system: You are a helpful assistant.
user:
Analyze the provided spectrum to determine if it is a **"Cataclysmic Variables (CV)"**.

- **Key Indicators for CV (Check for either state):**
    - **State 1: Quiescent / Low-State (Emission-Dominated)**
        - **(Primary):** Strong and *very broad* Hydrogen Balmer emission lines (e.g., $H\alpha$ at 6563 Å, $H\beta$ at 4861 Å). The 'broadness' (high velocity dispersion, often FWHM > 1000 km/s) is the key diagnostic, indicating a high-velocity accretion disk.
        - **(Secondary):** Broad neutral Helium (He I) emission lines (e.g., 5876 Å, 6678 Å).
        - **(Key Confirmation):** Presence of high-excitation *ionized* Helium (He II) emission at 4686 Å. This is a strong indicator of accretion onto a white dwarf.
        - **(Line Profile):** Emission lines may exhibit a 'double-peaked' profile, which is a classic signature of a rotating accretion disk viewed at high inclination.

    - **State 2: Outburst / High-State (Absorption-Dominated)**
        - **(Primary):** Spectrum is dominated by a bright, blue continuum (looks like a hot star).
        - **(Secondary):** The emission lines from State 1 are weak, absent, or 'filled in', and are replaced by broad, shallow *absorption* lines (primarily Balmer and He I).
        - **(Morphology):** The overall spectrum mimics a hot B/A-type star. The crucial difference is that the absorption lines are significantly broader, shallower, and more 'washed-out' (or 'smeared') than the sharp lines of a normal stellar photosphere, due to high rotational speeds and pressure broadening in the disk.

Think first, call **spectral_visualization_tool** if needed to examine features in detail, then provide your final answer. Your response must adhere to the following strict rules:
1.  **Overall Structure:** Your response must follow the format `<think>...</think> <tool_call>...</tool_call> (if a tool is used) <answer>...</answer>`.
2.  **Tool Usage Constraint:** You may only make **one** tool call per turn.
3.  **Final Answer Format:** In the `<answer>` tag, your conclusion must be inside a `\boxed{}` command (e.g., `\boxed{YES}`), followed by your justification.

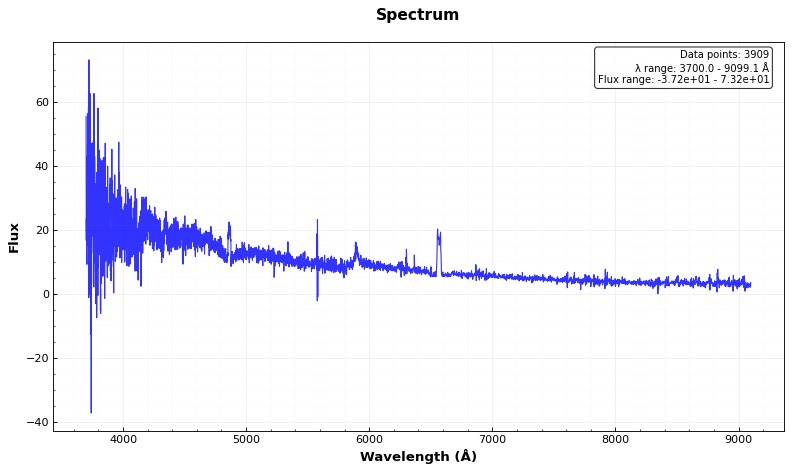
Answer: YES